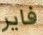
فاير